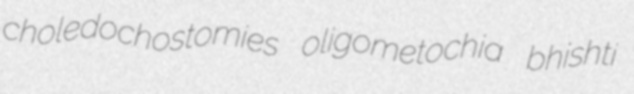
choledochostomies oligometochia bhishti